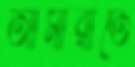
আমারাতে